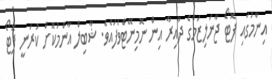
އިނާމުގައި ފޮޓޯ ޖާނަލިޒަމްގެ ދާއިރާ އިން ނޮމިނޭޓްވެފައެވެ. ޝާބިލް އާންމުކޮށް ކުރަނީ ފޮޓޯ